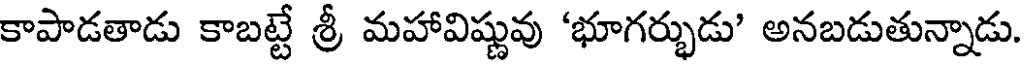
కాపాడతాడు కాబట్టే శ్రీ మహావిష్ణువు 'భూగర్భుడు' అనబడుతున్నాడు.